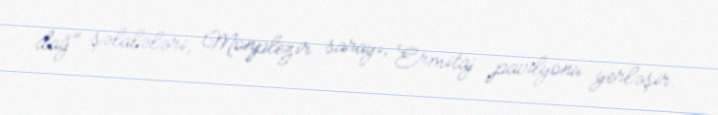
dağ" şəlalələri, Monplezir sarayı, Ermitaj pavilyonu yerləşir.